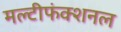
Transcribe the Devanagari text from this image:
मल्टीफंक्शनल